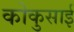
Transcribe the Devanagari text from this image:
कोकुसाई